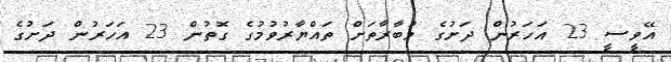
އޭވީސީ 23 އަހަރުން ދަށުގެ މުބާރާތަށް ތައްޔާރުވުމުގެ ގޮތުން 23 އަހަރުން ދަށުގެ